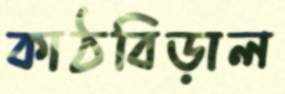
কাঠবিড়াল